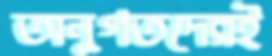
অনুগতদেরই